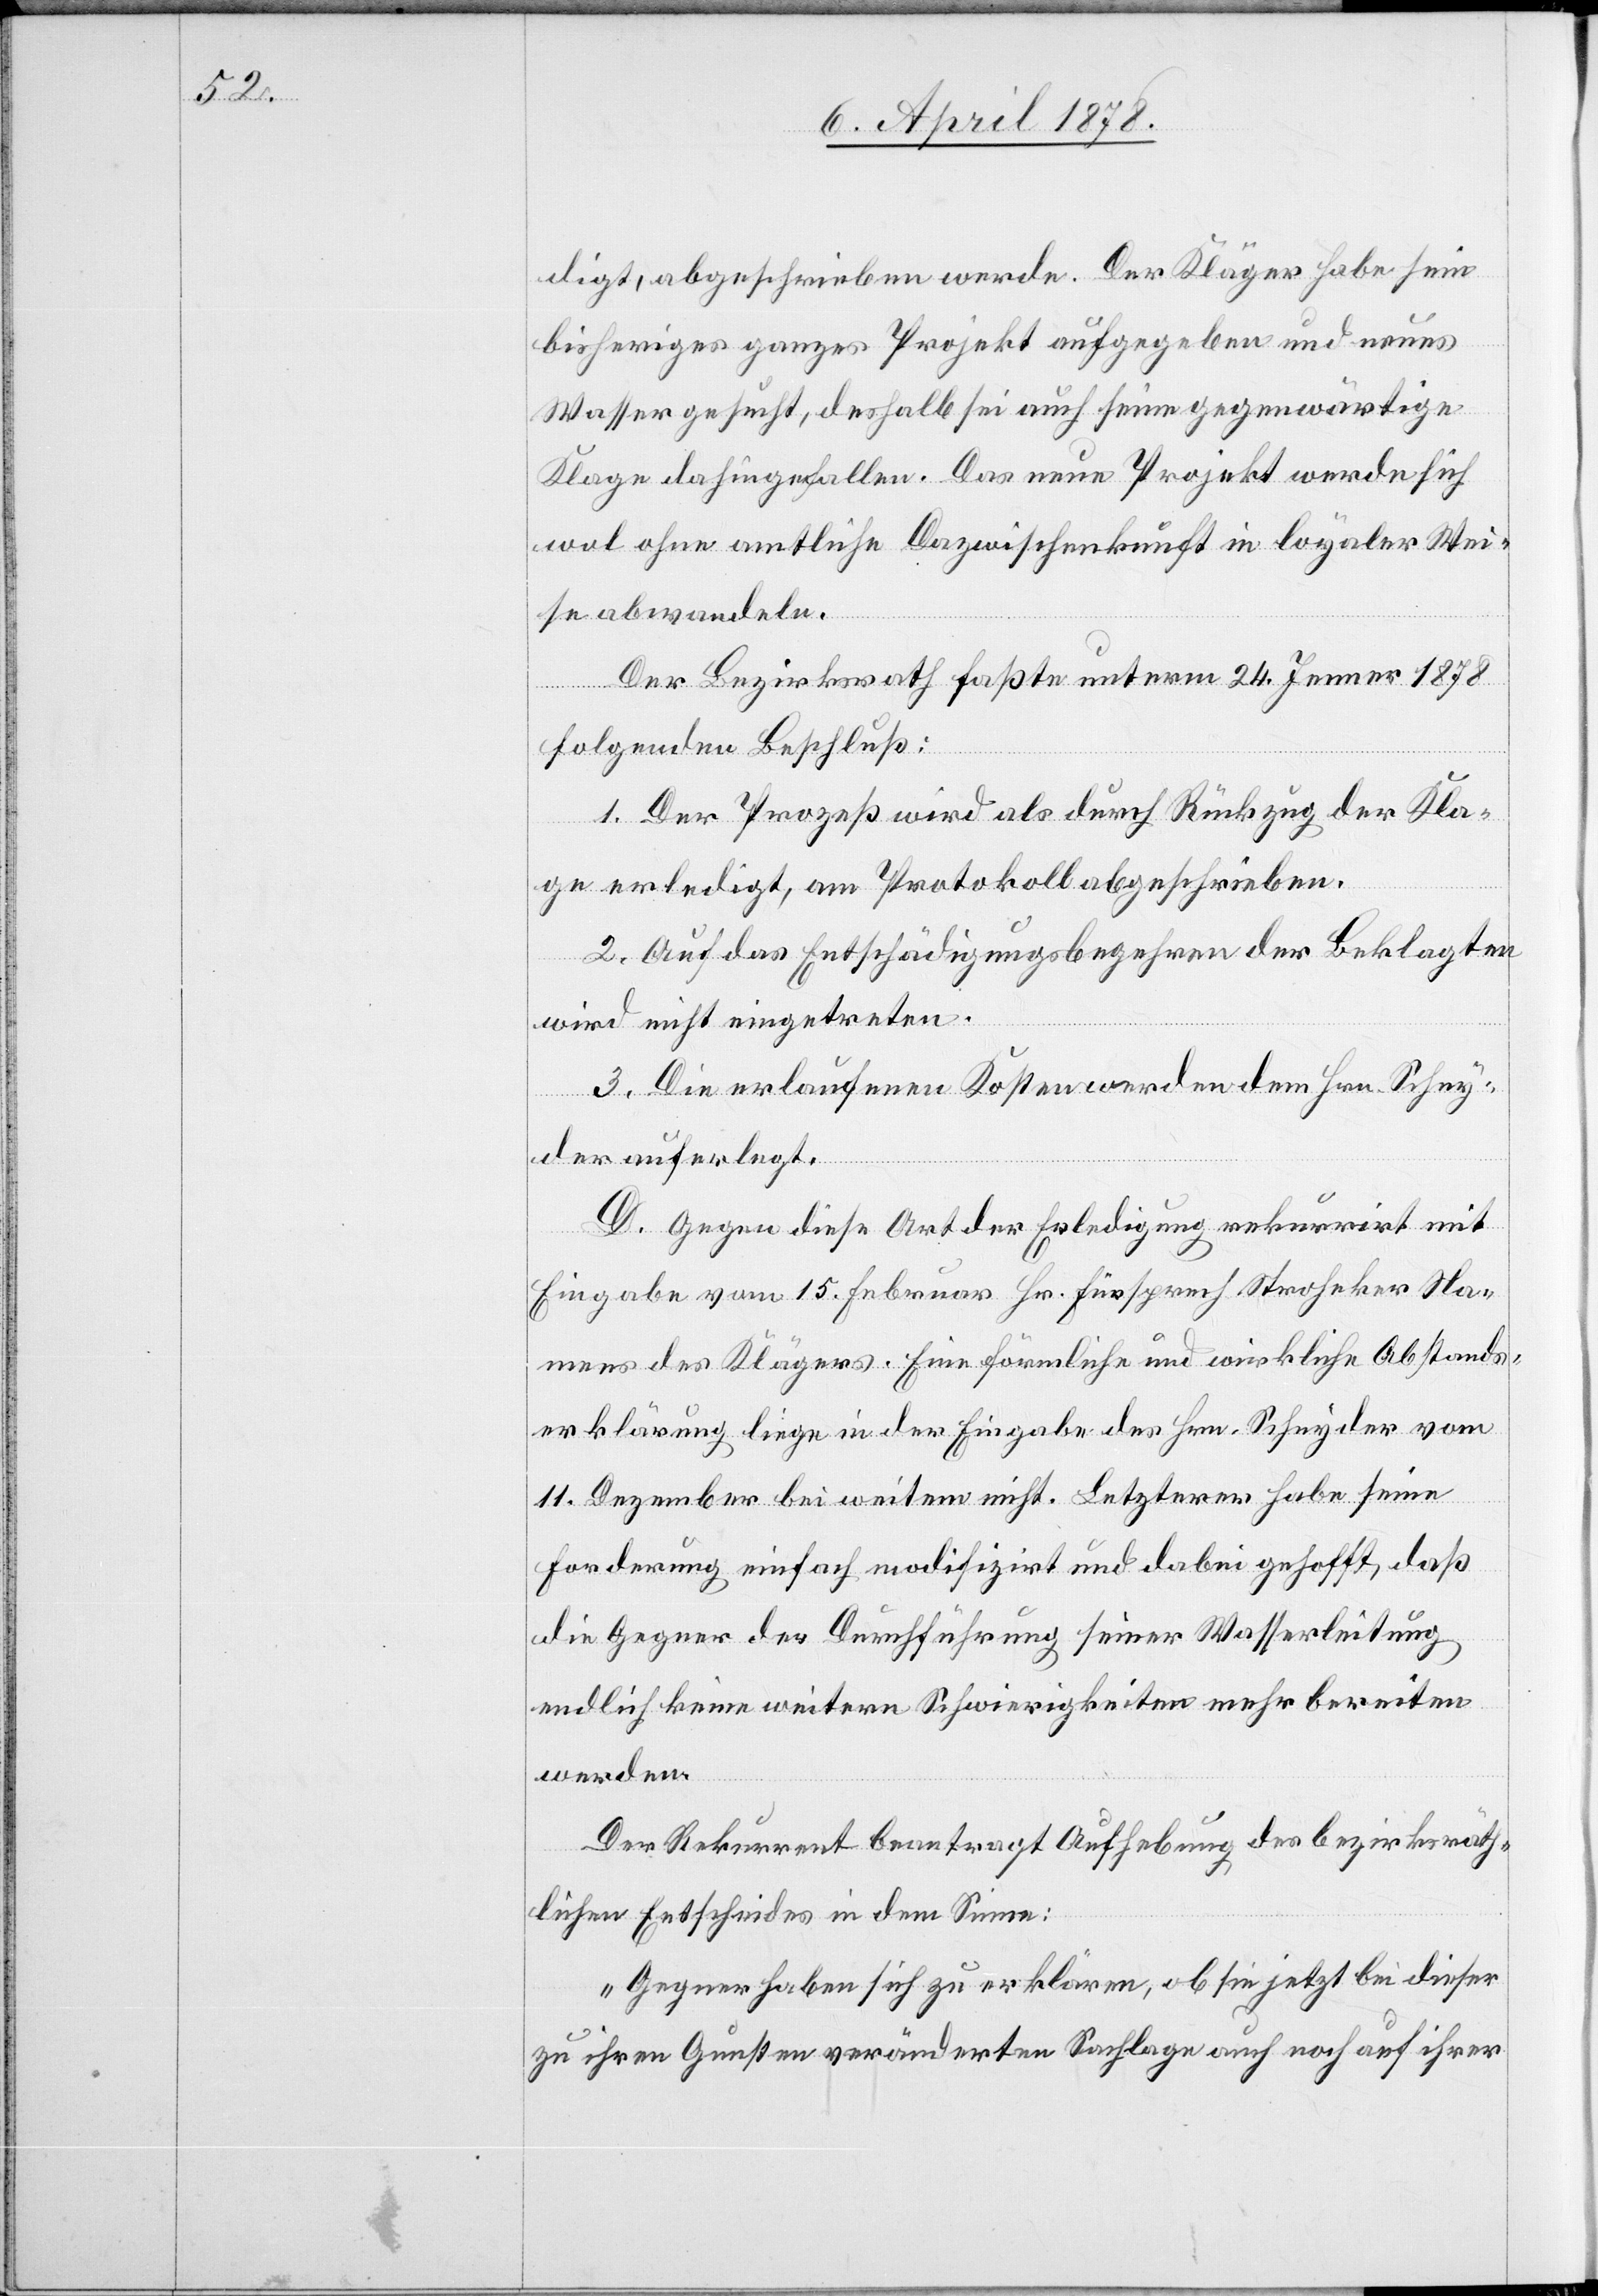
digt, abgeschrieben werde. Der Kläger habe sein
bisheriges ganzes Projekt aufgegeben und neues
Wasser gesucht, deshalb sei auch seine gegenwärtige
Klage dahingefallen. Das neue Projekt werde sich
wol ohne amtliche Dazwischenkunft in loyaler Wei¬
se abwandeln.
Der Bezirksrath fasste unterm 24. Jenner 1878
folgenden Beschluß:
1. Der Prozeß wird als durch Rückzug der Kla¬
ge erledigt, am Protokoll abgeschrieben.
2. Auf das Entschädigungsbegehren der Beklagten
wird nicht eingetreten.
3. Die erlaufenen Kosten werden dem Hrn. Schny¬
der auferlegt.
D. Gegen diese Art der Erledigung rekurrirt mit
Eingabe vom 15. Februar Hr. Fürsprech Stroheker Na¬
mens des Klägers. Eine förmliche und wirkliche Abstands¬
erklärung liege in der Eingabe des Hrn. Schnyder vom
11. Dezember bei weitem nicht. Letzterer habe seine
Forderung einfach modifizirt und dabei gehofft, daß
die Gegner der Durchführung seiner Wasserleitung
endlich keine weitern Schwierigkeiten mehr bereiten
werden.
Der Rekurrent beantragt Aufhebung des bezirksräth¬
lichen Entscheides in dem Sinne:
„Gegner haben sich zu erklären, ob sie jetzt bei dieser
zu ihren Gunsten veränderten Sachlage auch noch auf ihrer